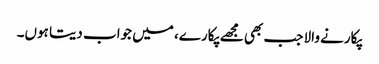
پکارنے والا جب بھی مجھے پکارے، میں جواب دیتا ہوں۔